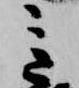
意